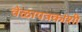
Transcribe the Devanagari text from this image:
वेळापत्रकांशी